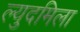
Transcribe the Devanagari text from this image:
ल्युदमिला